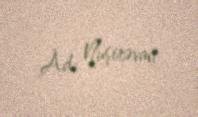
Ad: Nuşirəvan